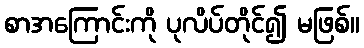
စာအကြောင်းကို ပုလိပ်တိုင်၍ မဖြစ်။